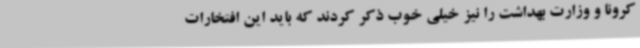
کرونا و وزارت بهداشت را نیز خیلی خوب ذکر کردند که باید این افتخارات